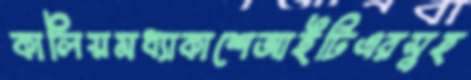
কালিয়মধ্যাকাশেআইটিএরসুহ